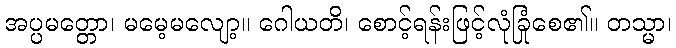
အပ္ပမတ္တော၊ မမေ့မလျော့။ ဂေါယတိ၊ စောင့်ရန်းဖြင့်လုံခြုံစေ၏။ တသ္မာ၊